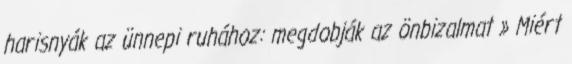
harisnyák az ünnepi ruhához: megdobják az önbizalmat » Miért